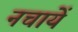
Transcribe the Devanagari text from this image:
नचायें